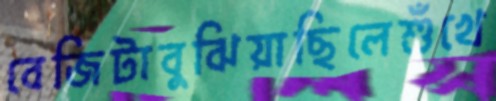
বেজিটাবুঝিয়াছিলেশুঁখে